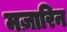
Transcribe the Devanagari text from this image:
मज़ारिन